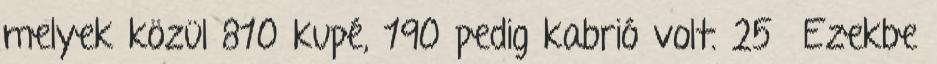
melyek közül 810 kupé, 190 pedig kabrió volt. 25 Ezekbe